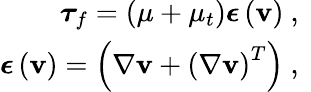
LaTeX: \begin{array}{r}{\boldsymbol{\tau}_{f}=\left(\mu+\mu_{t}\right)\boldsymbol{\epsilon}\left(\mathbf{v}\right)\mathrm{~,~}}\\ {\boldsymbol{\epsilon}\left(\mathbf{v}\right)=\left({\nabla}{{\mathbf{v}}}+\left({\nabla}{{\mathbf{v}}}\right)^{T}\right)\mathrm{~,~}}\end{array}